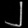
Digit: ၂